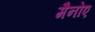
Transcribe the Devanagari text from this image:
मैनोए